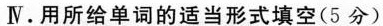
Ⅳ. 用所给单词的适当形式填空(5分)